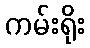
ကမ်းရိုး